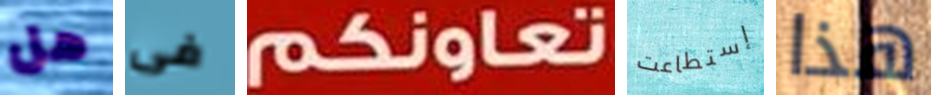
هل فى تعاونكم إستطاعت هذا